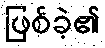
ဖြစ်ခဲ့၏